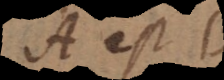
A est B,